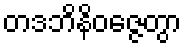
တဒဘိနိဝဇ္ဇေတွာ